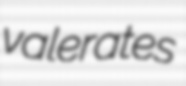
valerates